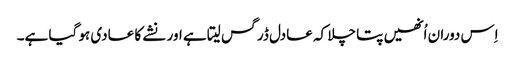
اِس دوران اُنھیں پتا چلا کہ عادل ڈرگس لیتا ہے اور نشے کا عادی ہو گیا ہے۔